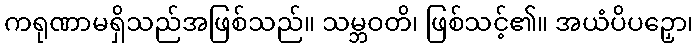
ကရုဏာမရှိသည်အဖြစ်သည်။ သမ္ဘဝတိ၊ ဖြစ်သင့်၏။ အယံပိပဉှော၊